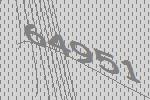
64951